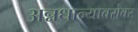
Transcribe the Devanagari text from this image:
अन्नधान्याबरोबर